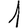
Digit: 1